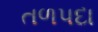
તળપદા